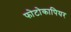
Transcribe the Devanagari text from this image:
फोटोकापियर